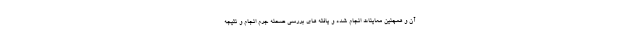
آن و همچنین معاینات انجام شده و یافته های بررسی صحنه جرم انجام و نتیجه